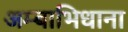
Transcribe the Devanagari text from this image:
अम्बाभिधाना